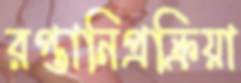
রপ্তানিপ্রক্রিয়া